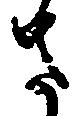
さ